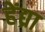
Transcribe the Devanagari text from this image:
हेंद्य्रा